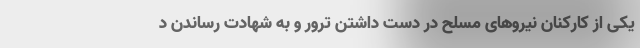
یکی از کارکنان نیروهای مسلح در دست داشتن ترور و به شهادت رساندن د